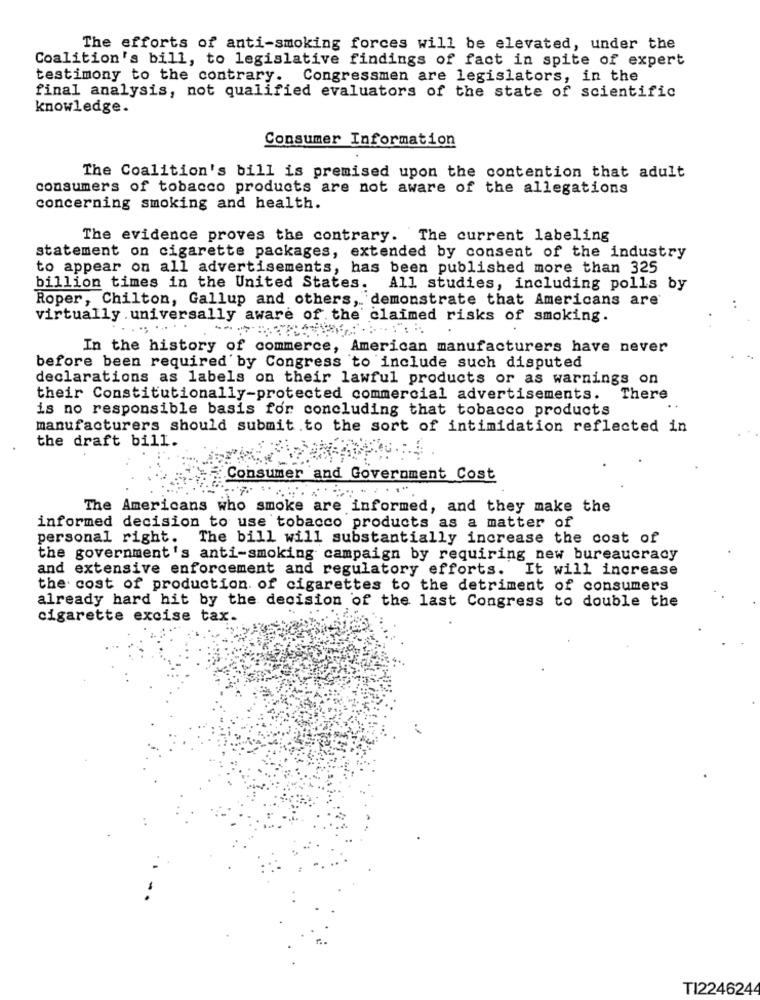
The efforts of anti-smoking forces will be elevated, under the
Coalition's bill, to legislative findings of fact in spite of expert
testimony to the contrary. Congressmen are legislators, in the
final analysis, not qualified evaluators of the state of scientific
knowledge.
Consumer Information
The Coalition's bill is premised upon the contention that adult
consumers of tobacco products are not aware of the allegations
concerning smoking and health.
The evidence proves the contrary. The current labeling
statement on cigarette packages, extended by consent of the industry
to appear on all advertisements, has been published more than 325
billion times in the United States.
All studies, including polls by
Roper, Chilton, Gallup and others, demonstrate that Americans are
virtually .universally aware of the claimed risks of smoking.
In the history of commerce, American manufacturers have never
before been required by Congress to include such disputed
declarations as labels on their lawful products or as warnings on
their Constitutionally-protected commercial advertisements. There
is no responsible basis for concluding that tobacco products
manufacturers should submit.to the sort of intimidation reflected in
the draft bill.
Consumer and Government Cost
The Americans who smoke are informed, and they make the
informed decision to use tobacco products as a matter of
personal right. The bill will substantially increase the cost of
the government's anti-smoking campaign by requiring new bureaucracy
and extensive enforcement and regulatory efforts.
It will increase
the cost of production of cigarettes to the detriment of consumers
already hard hit by the decision of the last Congress to double the
cigarette excise tax-
TI224624